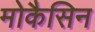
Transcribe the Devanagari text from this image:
मोकैसिन